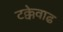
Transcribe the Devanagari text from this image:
टक्केवाढ